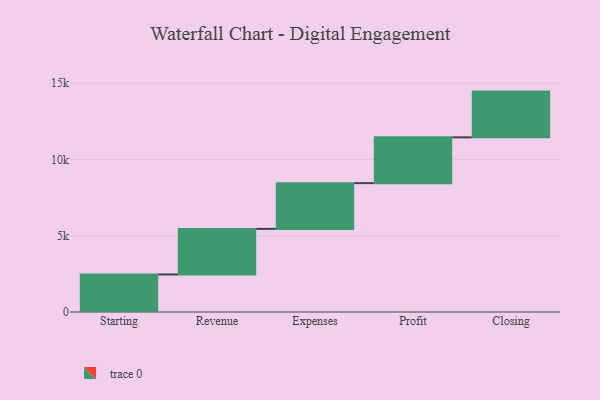
{"axis": {"x": "Step", "y": "Value"}, "legend": [""], "data": [{"x": "Starting", "y": 2461.0, "type": ""}, {"x": "Revenue", "y": 2987.0, "type": ""}, {"x": "Expenses", "y": 3000, "type": ""}, {"x": "Profit", "y": 3000, "type": ""}, {"x": "Closing", "y": 3000, "type": ""}]}